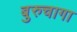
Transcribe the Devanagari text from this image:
बुरुचागा